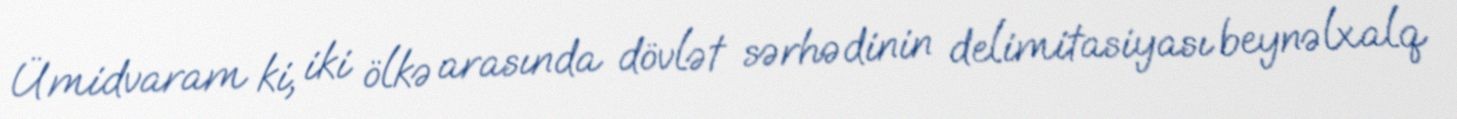
Ümidvaram ki, iki ölkə arasında dövlət sərhədinin delimitasiyası beynəlxalq